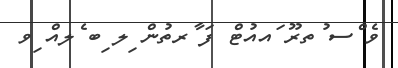
ވެ ްސ ުތރޫ ައއުޓް ފަ ާރތުން ިލ ިބ ެލއް ިވ